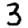
Digit: 3